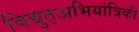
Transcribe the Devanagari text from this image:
विद्युत्अभियांत्रिकी